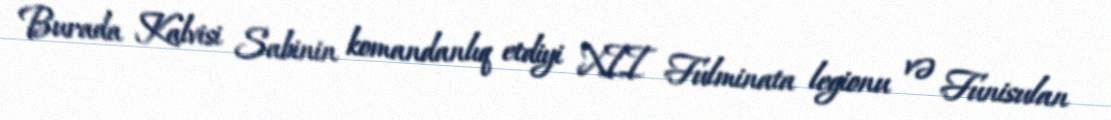
Burada Kalvisi Sabinin komandanlıq etdiyi XII Fulminata legionu və Funisulan